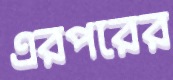
এরপরের